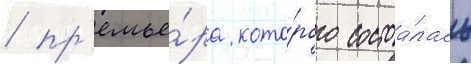
/ пр'емье́ра кото́рого состоа́лась